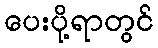
ပေးပို့ရာတွင်